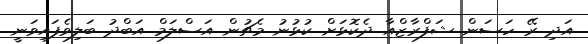
އަދި ރޭ ހަސަން ޝަފްރާޒްއާ ދެކޮޅަށް ކުޅުނު މެޗުން އަސްލަމް އަބްދު ބަލިވެފައިވަނީ